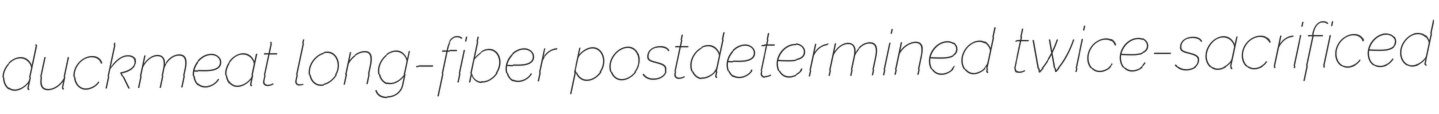
duckmeat long-fiber postdetermined twice-sacrificed